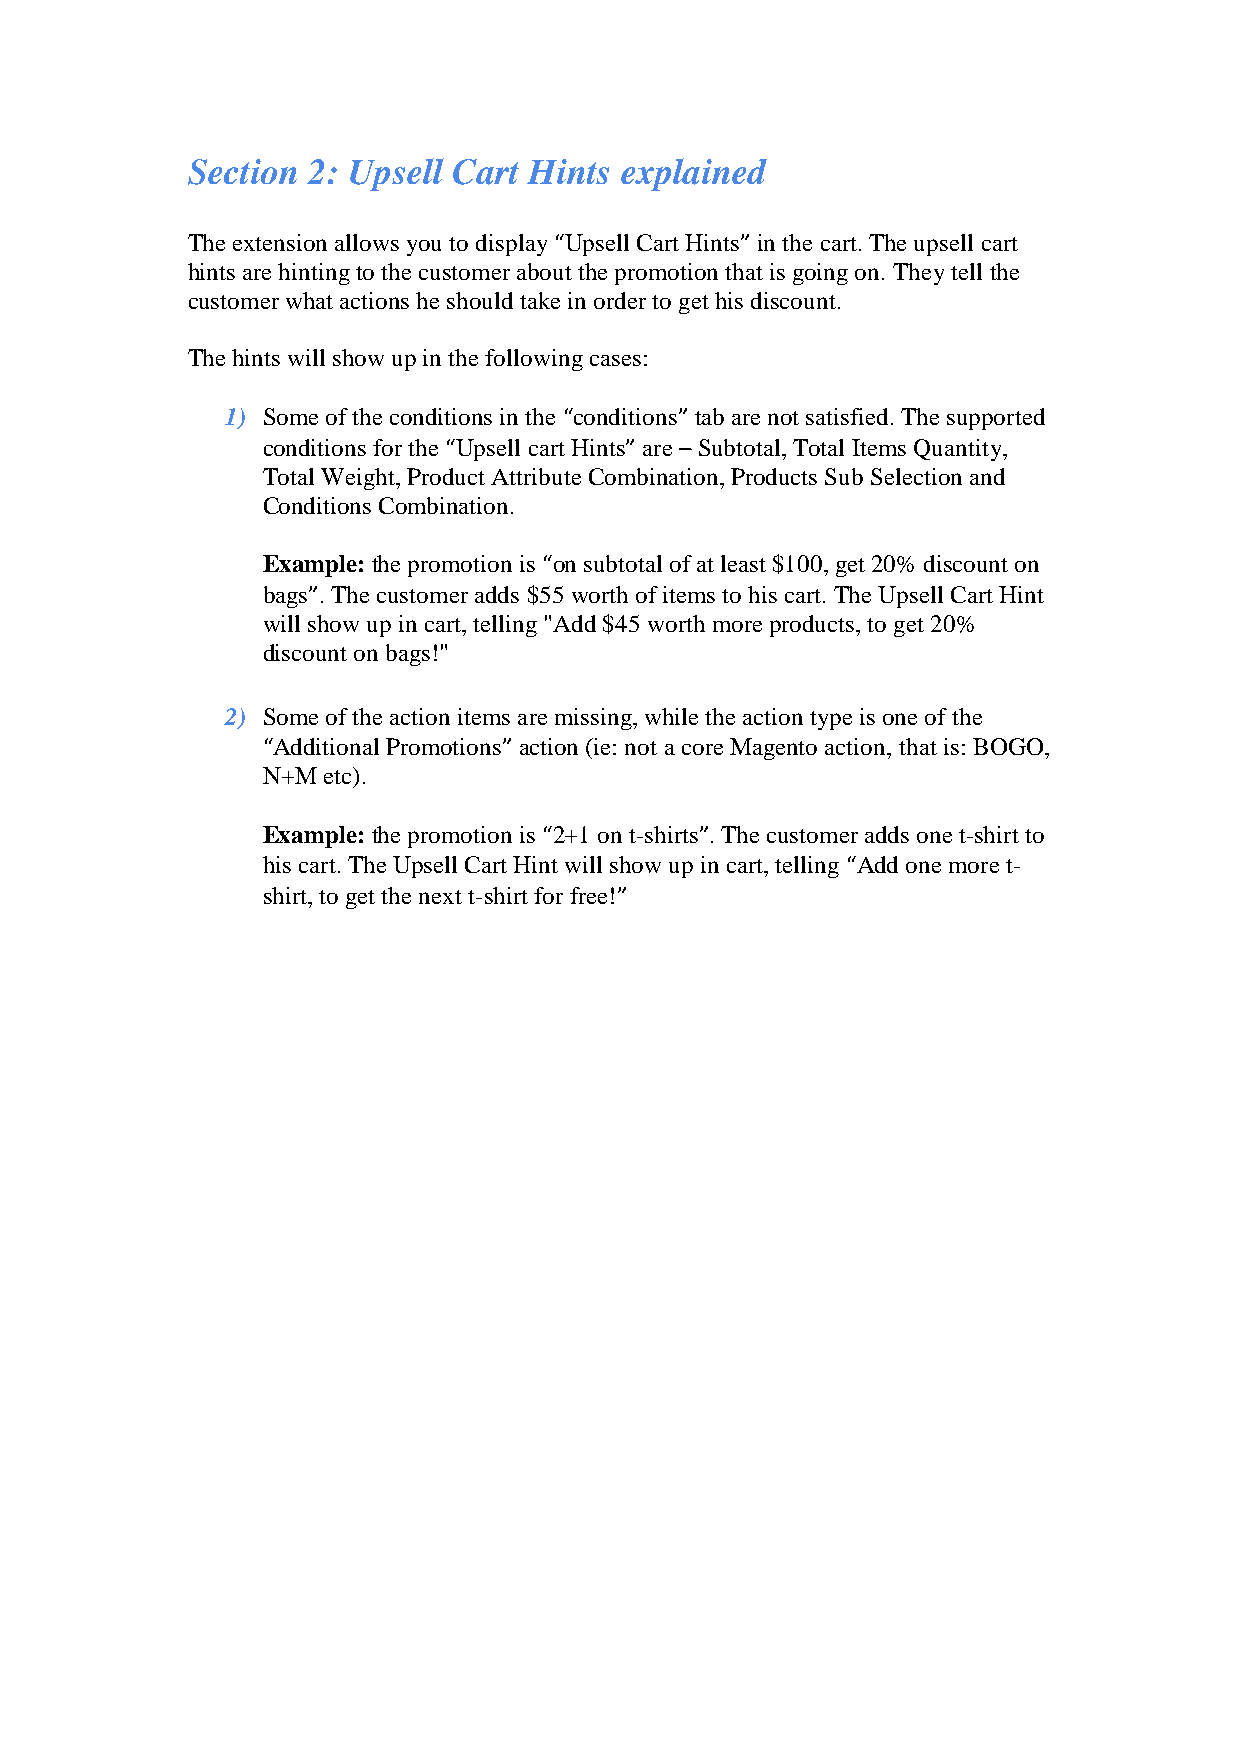
Section 2: Upsell Cart Hints explained
 The extension allows you to display “Upsell Cart Hints” in the cart. The upsell cart
 hints are hinting to the customer about the promotion that is going on. They tell the
 customer what actions he should take in order to get his discount.
 The hints will show up in the following cases:
 1) Some of the conditions in the “conditions” tab are not satisfied. The supported
 conditions for the “Upsell cart Hints” are – Subtotal, Total Items Quantity,
 Total Weight, Product Attribute Combination, Products Sub Selection and
 Conditions Combination.
 Example: the promotion is “on subtotal of at least $100, get 20% discount on
 bags”. The customer adds $55 worth of items to his cart. The Upsell Cart Hint
 will show up in cart, telling "Add $45 worth more products, to get 20%
 discount on bags!"
 2) Some of the action items are missing, while the action type is one of the
 “Additional Promotions” action (ie: not a core Magento action, that is: BOGO,
 N+M etc).
 Example: the promotion is “2+1 on t-shirts”. The customer adds one t-shirt to
 his cart. The Upsell Cart Hint will show up in cart, telling “Add one more t-
 shirt, to get the next t-shirt for free!”